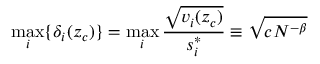
\operatorname* { m a x } _ { i } \{ \delta _ { i } ( z _ { c } ) \} = \operatorname* { m a x } _ { i } \frac { \sqrt { v _ { i } ( z _ { c } ) } } { s _ { i } ^ { * } } \equiv \sqrt { c N ^ { - \beta } }